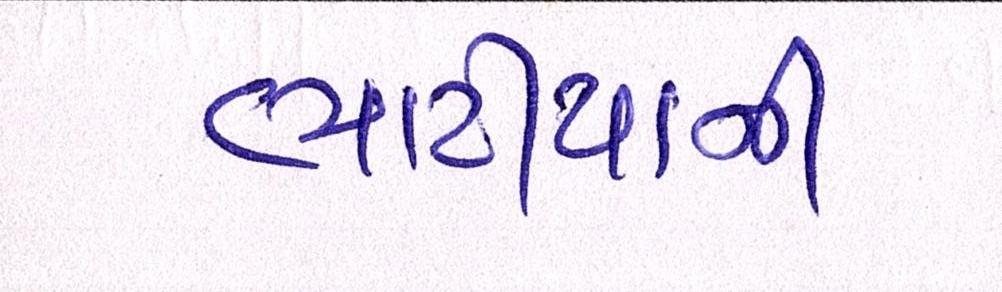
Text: ભાટીયાની